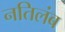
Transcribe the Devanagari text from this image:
नतिलंब